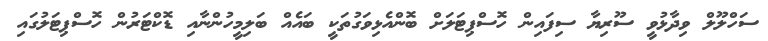
ސަހްލޫލް ވިދާޅުވީ ސޫރިޔާ ސިފައިން ހޮސްޕިޓަލަށް ބޮންއެޅިވަގުތަކީ ބައެއް ބަލިމީހުންނާއި ޑޮކްޓަރުން ހޮސްޕިޓަލުގައި